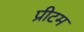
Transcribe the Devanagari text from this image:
प्रीटम